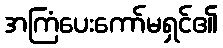
အကြံပေးကော်မရှင်၏